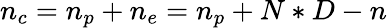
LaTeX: n_{c}=n_{p}+n_{e}=n_{p}+N*D-n